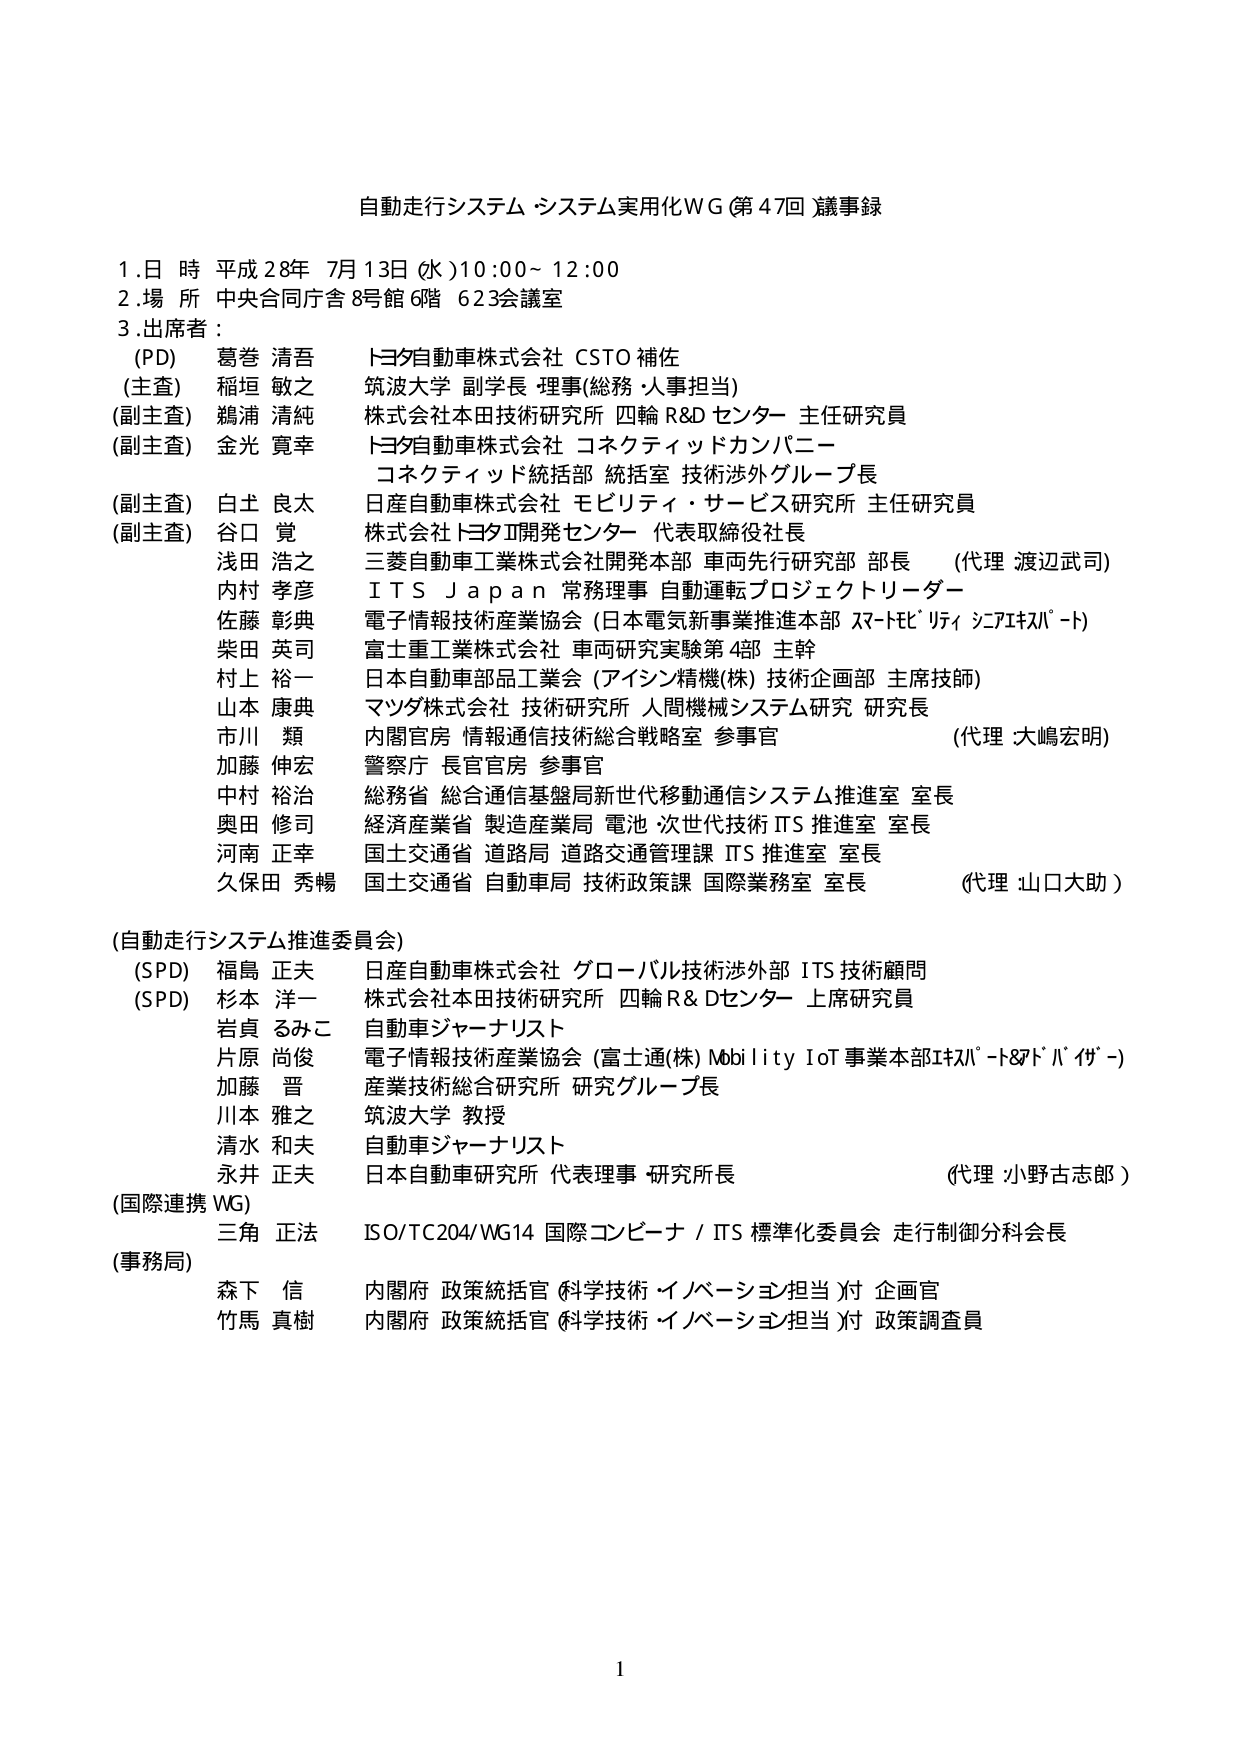
自動走行システム・システム実用化WG（第47回）議事録

1. 日時 平成28年 7月13日（水）10:00～12:00
2. 場所 中央合同庁舎8号館6階 623会議室
3. 出席者：
　（PD） 葛巻 清吾 トヨタ自動車株式会社 CSTO 補佐
　（主査） 稲垣 敏之 筑波大学 副学長・理事（総務・人事担当）
　（副主査） 鵜浦 清純 株式会社本田技術研究所 四輪R&Dセンター 主任研究員
　（副主査） 金光 寛幸 トヨタ自動車株式会社 コネクティッドカンパニー
　　　　　　　　　　　コネクティッド統括部 統括室 技術渉外グループ長
　（副主査） 白土 良太 日産自動車株式会社 モビリティ・サービス研究所 主任研究員
　（副主査） 谷口 覚 株式会社トヨタ開発センター 代表取締役社長
　　　　　浅田 浩之 三菱自動車工業株式会社開発本部 車両先行研究部 部長 （代理 渡辺武司）
　　　　　内村 孝彦 ＩＴＳ Ｊａｐａｎ 常務理事 自動運転プロジェクトリーダー
　　　　　佐藤 彰典 電子情報技術産業協会（日本電気新事業推進本部 スマートECリティ シニアエキスパート）
　　　　　柴田 英司 富士重工業株式会社 車両研究実験第4部 主幹
　　　　　村上 裕一 日本自動車部品工業会（アイシン精機(株) 技術企画部 主席技師）
　　　　　山本 康典 マツダ株式会社 技術研究所 人間機械システム研究 研究長
　　　　　市川 類 内閣官房 情報通信技術総合戦略室 参事官 （代理 大嶋宏明）
　　　　　加藤 伸宏 警察庁 長官官房 参事官
　　　　　中村 裕治 総務省 総合通信基盤局新世代移動通信システム推進室 室長
　　　　　奥田 修司 経済産業省 製造産業局 電池・次世代技術ITS推進室 室長
　　　　　河南 正幸 国土交通省 道路局 道路交通管理課 ITS推進室 室長
　　　　　久保田 秀暢 国土交通省 自動車局 技術政策課 国際業務室 室長 （代理 山口大助）

（自動走行システム推進委員会）
　（SPD） 福島 正夫 日産自動車株式会社 グローバル技術渉外部 ITS技術顧問
　（SPD） 杉本 洋一 株式会社本田技術研究所 四輪R&Dセンター 上席研究員
　　　　　岩貞 るみこ 自動車ジャーナリスト
　　　　　片原 尚俊 電子情報技術産業協会（富士通(株) Mobility IoT事業本部エキスパート＆アドバイザー）
　　　　　加藤 晋 産業技術総合研究所 研究グループ長
　　　　　川本 雅之 筑波大学 教授
　　　　　清水 和夫 自動車ジャーナリスト
　　　　　永井 正夫 日本自動車研究所 代表理事・研究所長 （代理 小野古志郎）

（国際連携WG）
　　　三角 正法 ISO/TC204/WG14 国際コンピュータ／ITS標準化委員会 走行制御分科会長

（事務局）
　　　森下 信 内閣府 政策統括官（科学技術・イノベーション担当）付 企画官
　　　竹馬 真樹 内閣府 政策統括官（科学技術・イノベーション担当）付 政策調査員

1